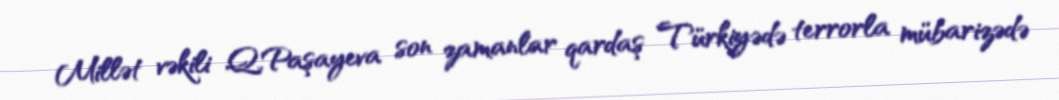
Millət vəkili Q.Paşayeva son zamanlar qardaş Türkiyədə terrorla mübarizədə